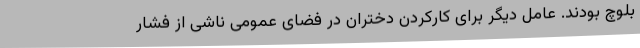
بلوچ بودند. عامل دیگر برای کارکردن دختران در فضای عمومی ناشی از فشار